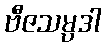
ဗီဇသမ္ပဒါ